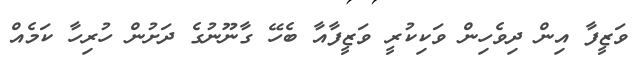
ވަޒީފާ އިން ދިވެހިން ވަކިކުރީ ވަޒީފާއާ ބެހޭ ގާނޫނުގެ ދަށުން ހުރިހާ ކަމެއް